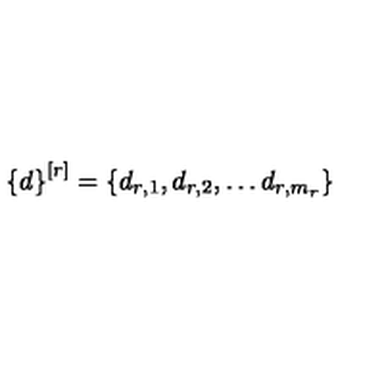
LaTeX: \left\{ d \right\} ^ { [ r ] } = \left\{ d _ { r , 1 } , d _ { r , 2 } , \ldots d _ { r , m _ { r } } \right\}